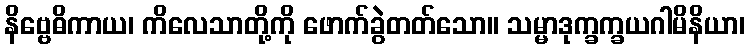
နိဗ္ဗေဓိကာယ၊ ကိလေသာတို့ကို ဖောက်ခွဲတတ်သော။ သမ္မာဒုက္ခက္ခယဂါမိနိယာ၊